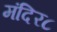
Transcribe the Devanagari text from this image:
मंदिर८